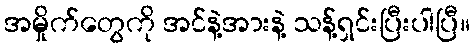
အမှိုက်တွေကို အင်နဲ့အားနဲ့ သန့်ရှင်းပြီးပါပြီ။